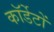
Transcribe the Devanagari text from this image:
कॉर्डेटों